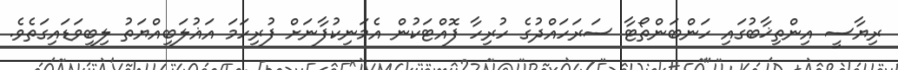
ރިޔާސީ އިންތިޚާބުގައި ހަންބަންތޯޓާ ސަރަހައްދުގެ ހުރިހާ ފޮއްޓަކުން އެމަނިކުފާނަށް ފުރިހަމަ އަޣުލަބިއްޔަތު ލިބިވަޑައިގަތެވެ.